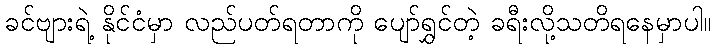
ခင်ဗျားရဲ့ နိုင်ငံမှာ လည်ပတ်ရတာကို ပျော်ရွှင်တဲ့ ခရီးလို့သတိရနေမှာပါ။